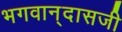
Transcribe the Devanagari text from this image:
भगवान्‌दासजी